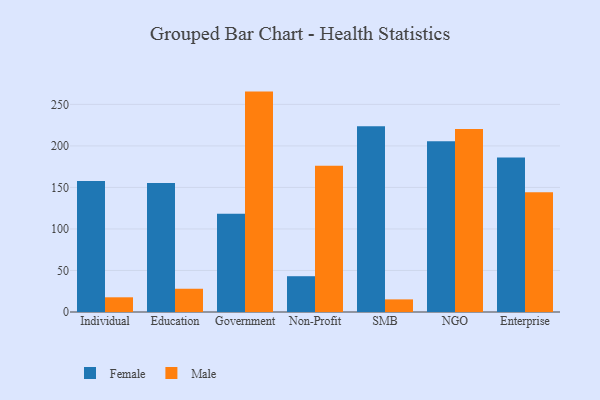
{"axis": {"x": "Segment", "y": "Churn Rate (%)"}, "legend": ["Female", "Male"], "data": [{"x": "Individual", "y": 157.7, "type": "Female"}, {"x": "Individual", "y": 17.7, "type": "Male"}, {"x": "Education", "y": 155.3, "type": "Female"}, {"x": "Education", "y": 28.0, "type": "Male"}, {"x": "Government", "y": 118.3, "type": "Female"}, {"x": "Government", "y": 265.4, "type": "Male"}, {"x": "Non-Profit", "y": 43.1, "type": "Female"}, {"x": "Non-Profit", "y": 176.0, "type": "Male"}, {"x": "SMB", "y": 223.6, "type": "Female"}, {"x": "SMB", "y": 15.2, "type": "Male"}, {"x": "NGO", "y": 205.6, "type": "Female"}, {"x": "NGO", "y": 220.3, "type": "Male"}, {"x": "Enterprise", "y": 186.1, "type": "Female"}, {"x": "Enterprise", "y": 144.3, "type": "Male"}]}